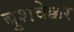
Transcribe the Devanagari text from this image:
बुशवेक्कर